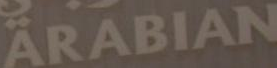
ARABIAN